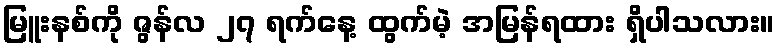
မြူးနစ်ကို ဇွန်လ ၂၇ ရက်နေ့ ထွက်မဲ့ အမြန်ရထား ရှိပါသလား။